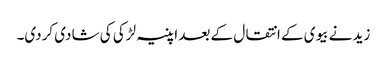
زید نے بیوی کے انتقال کے بعد اپنیہ لڑکی کی شادی کردی۔